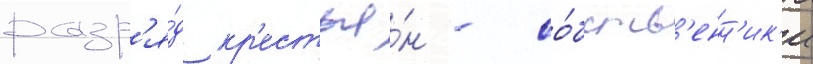
разр'я́д кр'естья́н - со́бств'енн'ик'и